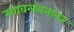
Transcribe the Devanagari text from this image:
स्वावलंबनावर